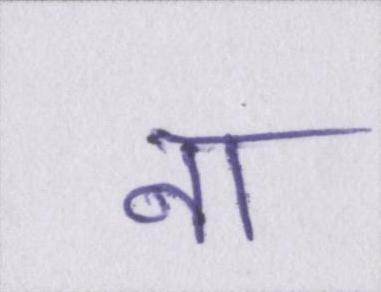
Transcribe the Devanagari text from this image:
ना